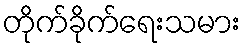
တိုက်ခိုက်ရေးသမား